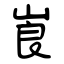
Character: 崀